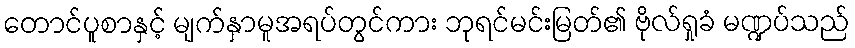
တောင်ပူစာနှင့် မျက်နှာမူအရပ်တွင်ကား ဘုရင်မင်းမြတ်၏ ဗိုလ်ရှုခံ မဏ္ဍပ်သည်